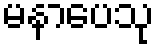
မနာပေသု